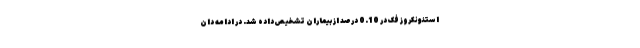
استئونکروز فک در 0.10 درصد از بیماران تشخیص داده شد. در ادامه دان